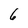
Character: 6